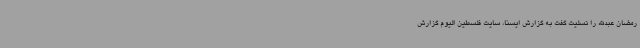
رمضان عبدالله را تسلیت گفت به گزارش ایسنا، سایت فلسطین الیوم گزارش